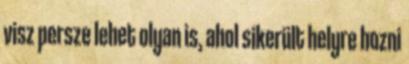
visz persze lehet olyan is, ahol sikerült helyre hozni